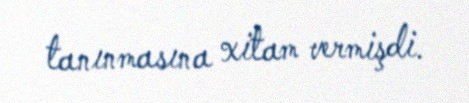
tanınmasına xitam vermişdi.